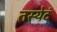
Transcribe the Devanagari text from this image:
तस्येदं